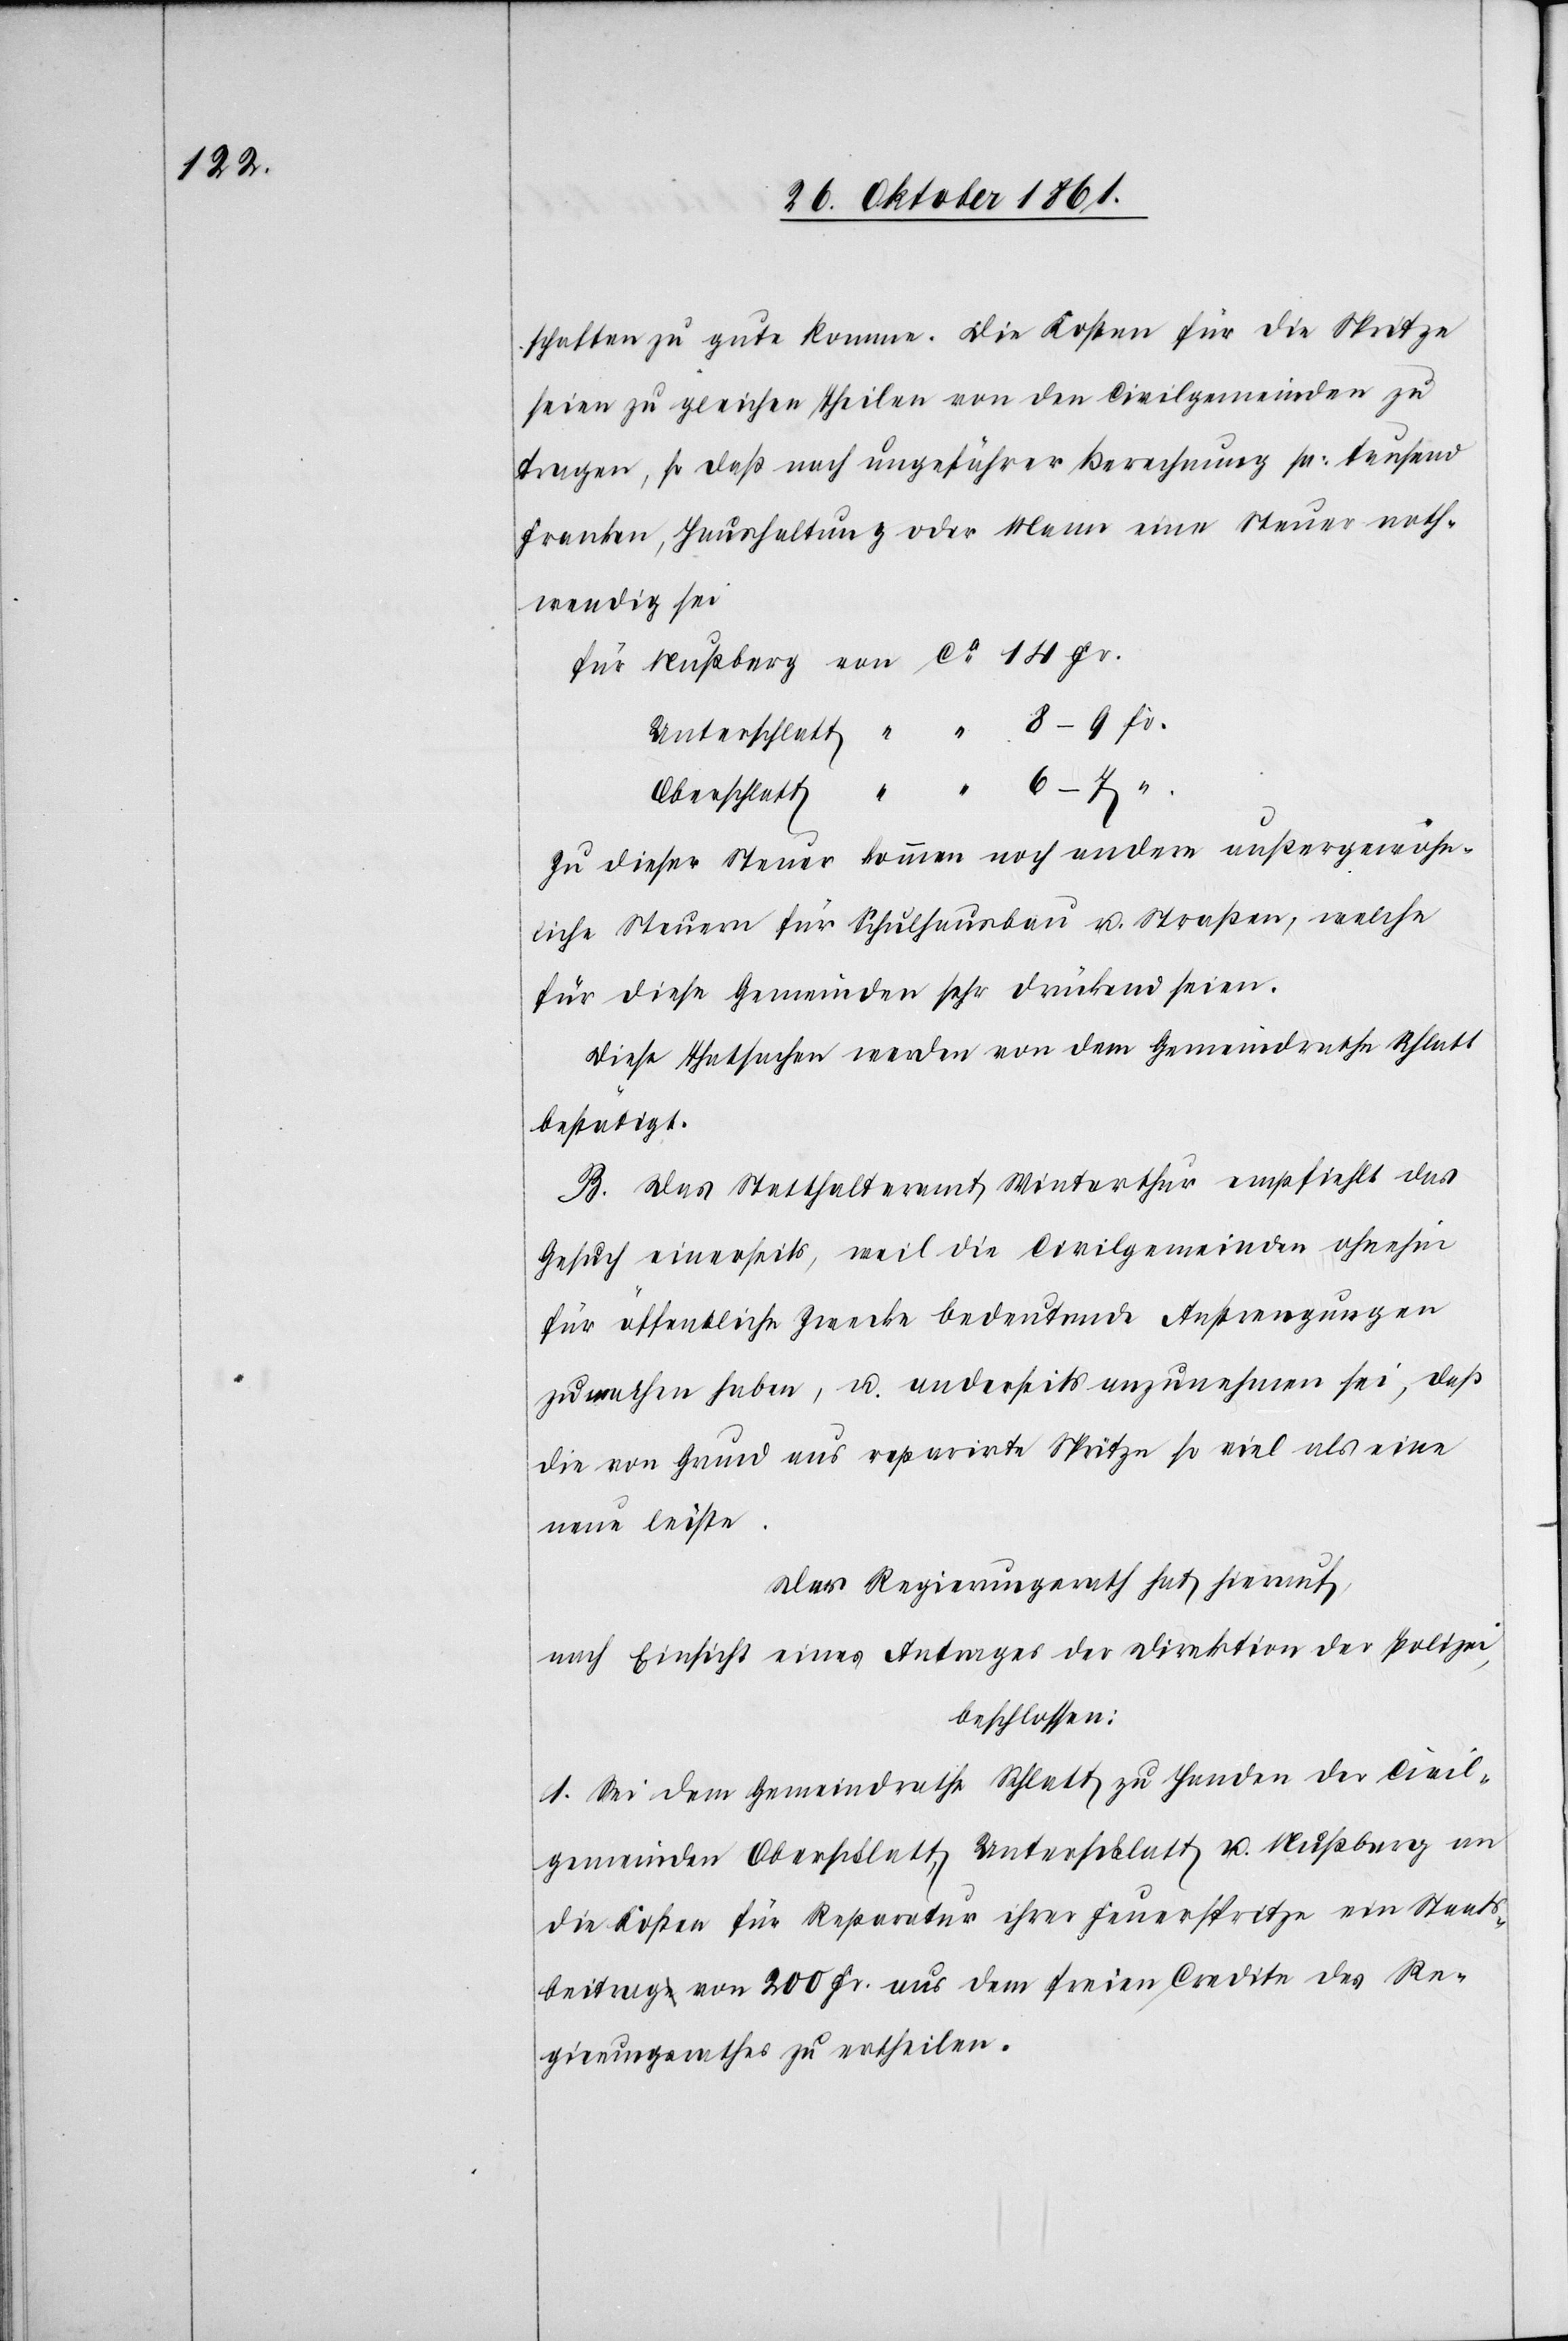
schaften zu gute komme. Die Kosten für die Spritze
seien zu gleichen Theilen von den Civilgemeinden zu
tragen, so daß nach ungefährer Berechnung pr. tausend
Franken, Haushaltung oder Mann eine Steuer noth¬
wendig sei.
Für Nußberg 	von ca 14 Fr.
Unterschlatt “ “ 8–9 Fr.
Oberschlatt “ “ 6–7 Fr.
Zu dieser Steuer kommen noch andere außergewöhn¬
liche Steuern für Schulhausbau u. Straßen, welche
für diese Gemeinden sehr drückend seien.
Diese Thatsachen werden von dem Gemeindrathe Schlatt
bestätigt.
B. Das Statthalteramt Winterthur empfiehlt das
Gesuch einerseits, weil die Civilgemeinden ohnehin
für öffentliche Zwecke bedeutende Anstrengungen
zu machen haben, u. anderseits anzunehmen sei, daß
die von Grund aus reparirte Spritze so viel als eine
neue leiste.
Das Regierungsrath hat hierauf,
nach Einsicht eines Antrages der Direktion der Polizei,
beschlossen:
1. Sei dem Gemeindrathe Schlatt zu Handen der Civil¬
gemeinden Oberschlatt, Unterschlatt u. Nußberg an
die Kosten für Reparatur ihrer Feuerspritze ein Staats¬
beitrag von 200 Fr. aus dem freien Credite des Re¬
gierungsrathes zu ertheilen.